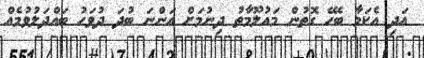
އަދި އެކަމާ ބެހޭ ގޮތުން މައުލޫމާތު ދިނުމަށް އަންނަ ބުދަ ދުވަހު ބައްދަލުވުމެއް